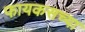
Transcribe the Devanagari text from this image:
फायकसच्या